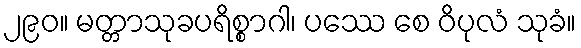
၂၉၀။ မတ္တာသုခပရိစ္စာဂါ၊ ပဿေ စေ ဝိပုလံ သုခံ။